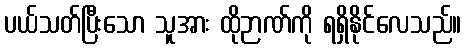
ပယ်သတ်ပြီးသော သူအား ထိုဉာဏ်ကို ရရှိနိုင်လေသည်။